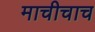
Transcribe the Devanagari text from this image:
माचीचाच